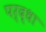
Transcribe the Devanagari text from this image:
पर्द्धा